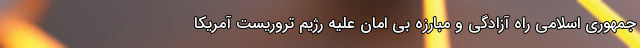
جمهوری اسلامی راه آزادگی و مبارزه بی امان علیه رژیم تروریست آمریکا